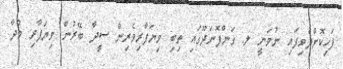
ފަހިކޮށްދެވިފައި ނުވަނީ ލ. ގަންފޮނަދޫގައި ތިބި ވިޔަފާރިވެރިން ސީދާ ބޭރުން ވިޔަފާރި މުދާ